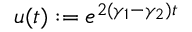
u ( t ) : = e ^ { 2 ( \gamma _ { 1 } - \gamma _ { 2 } ) t }